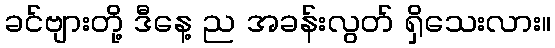
ခင်ဗျားတို့ ဒီနေ့ ည အခန်းလွတ် ရှိသေးလား။